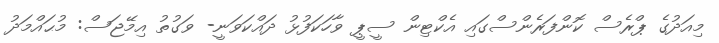
މިއަދުގެ ޕްރެސް ކޮންފަރެންސްގައި އެކްޓިން ސީޕީ ވާހަކަފުޅު ދައްކަވަނީ- ވަގުތު އިމޭޖަސް: މުޙައްމަދު